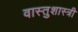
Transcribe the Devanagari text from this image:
वास्‍तुशास्‍त्री